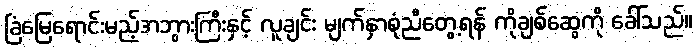
ခြံမြေရောင်းမည့်အဘွားကြီးနှင့် လူချင်း မျက်နှာစုံညီတွေ့ရန် ကိုချစ်ဆွေကို ခေါ်သည်။